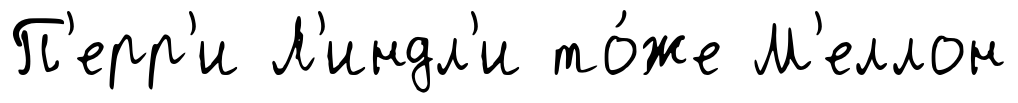
П'ерр'и Л'индл'и то́же М'еллон